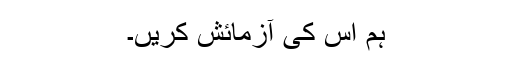
ہم اس کی آزمائش کریں۔